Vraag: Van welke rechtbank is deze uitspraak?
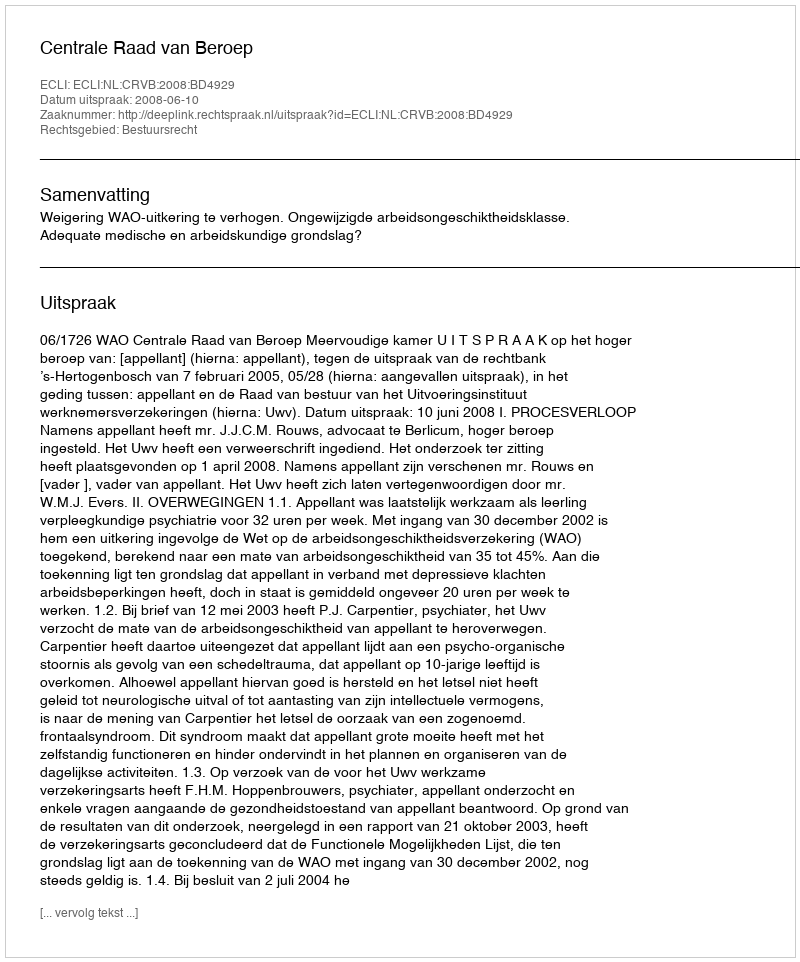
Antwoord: Centrale Raad van Beroep